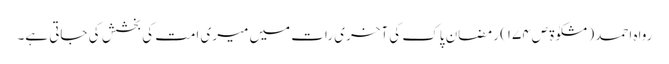
رواہ احمد (مشکوٰۃ ص١٧٤) رمضانِ پاک کی آخری رات میں میری امت کی بخشش کی جاتی ہے۔